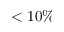
< 1 0 \%